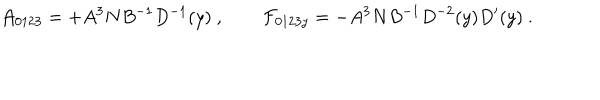
{ \cal A } _ { 0 1 2 3 } = + A ^ { 3 } N B ^ { - 1 } D ^ { - 1 } ( y ) \ , { \cal F } _ { 0 1 2 3 y } = - A ^ { 3 } N B ^ { - 1 } D ^ { - 2 } ( y ) D ^ { \prime } ( y ) \ .